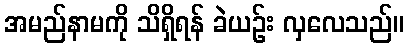
အမည်နာမကို သိရှိရန် ခဲယဉ်း လှလေသည်။